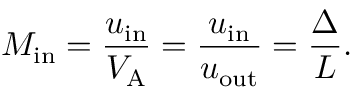
M _ { \mathrm { { i n } } } = \frac { u _ { \mathrm { { i n } } } } { V _ { \mathrm { { A } } } } = \frac { u _ { \mathrm { { i n } } } } { u _ { \mathrm { { o u t } } } } = \frac { \Delta } { L } .